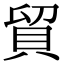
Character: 貿